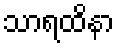
သာရထိနာ